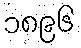
၁၈၉၆